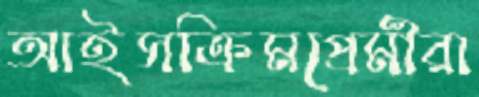
আইসক্রিমপ্রেমীরা